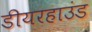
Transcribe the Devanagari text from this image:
डीयरहाउंड